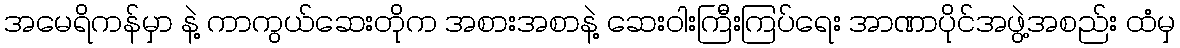
အမေရိကန်မှာ နဲ့ ကာကွယ်ဆေးတိုက အစားအစာနဲ့ ဆေးဝါးကြီးကြပ်ရေး အာဏာပိုင်အဖွဲ့အစည်း ထံမှ